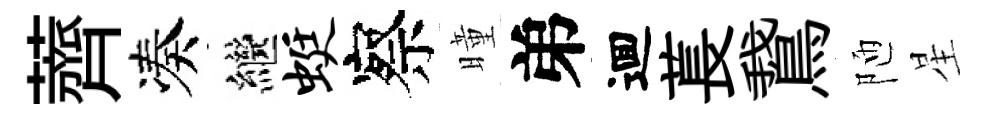
薺凑繼蜓察曈弟逥萇鵞陋星